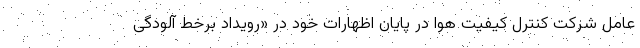
عامل شرکت کنترل کیفیت هوا در پایان اظهارات خود در «رویداد برخط آلودگی